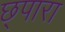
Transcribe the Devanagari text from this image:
छ्पारा